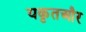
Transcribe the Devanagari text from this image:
यकृतऔर